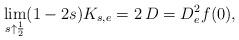
LaTeX: \begin{align*}\lim_{s\uparrow\frac{1}{2}}(1-2s)K_{s,e}=2\,D=D^2_ef(0),\end{align*}